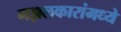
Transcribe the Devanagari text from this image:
गझलकारांमध्ये